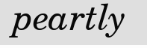
peartly